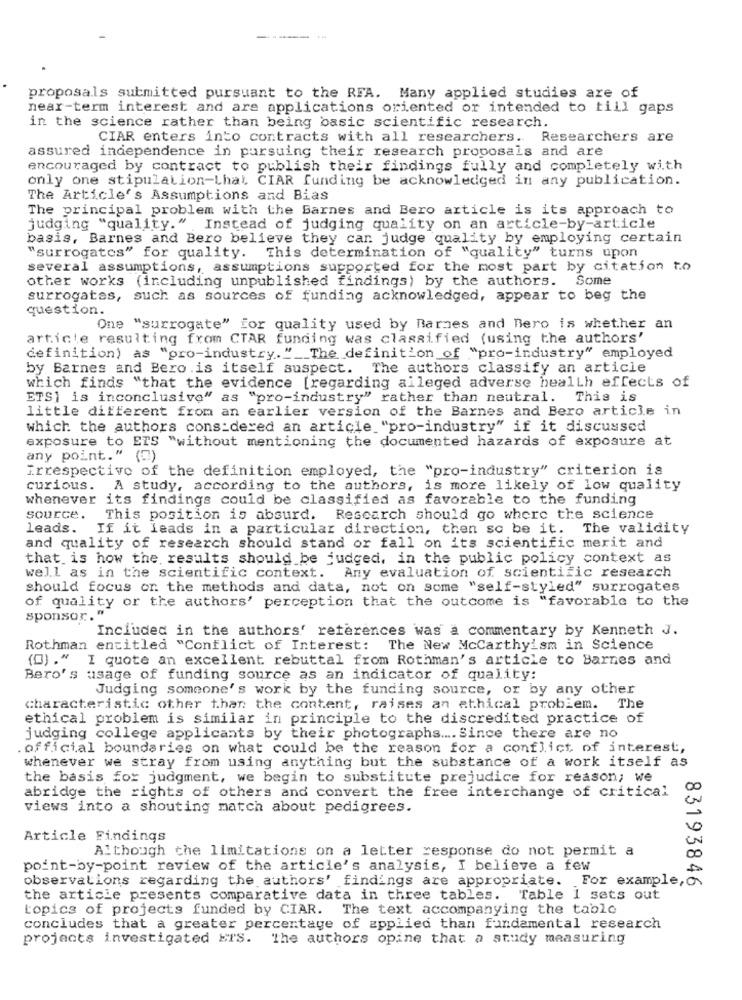
proposals submitted pursuant to the RFA. Many applied studies are of
near-term interest and are applications oriented or intended to till gaps
in the science rather than being basic scientific research.
CIAR enters into contracts with all researchers. Researchers are
assured independence in pursuing their research proposals and are
encouraged by contract to publish their findings fully and completely with
only one stipulation-Lhat CIAR funding be acknowledged in any publication.
The Article's Assumptions and Bias
The principal problem with the Barnes and Bero article is its approach to
judging "quality." Instead of judging quality on an article-by-article
basis, Barnes and Bero believe they can judge quality by employing certain
"surrogates" for quality. This determination of "quality" turns upon
several assumptions, assumptions supported for the most part by citation to
other works (including unpublished findings) by the authors. Some
surrogates, such as sources of funding acknowledged, appear to beg the
question.
One "surrogate" for quality used by Barnes and Bero is whether an
article resulting from CTAR funding was classified (using the authors'
definition) as "pro-industry." __ The definition of "pro-industry" employed
by Barnes and Bero.is itself suspect. The authors classify an article
which finds "that the evidence [regarding alleged adverse health effects of
ETS] is inconclusive" as "pro-industry" rather than neutral. This is
little different from an earlier version of the Barnes and Bero article in
which the authors considered an article "pro-industry" if it discussed
exposure to ETS "without mentioning the documented hazards of exposure at
any point." (0)
Irrespective of the definition employed, the "pro-industry" criterion is
curious. A study, according to the authors, is more likely of low quality
whenever its findings could be classified as favorable to the funding
source.
This position is absurd. Research should go where the science
leads.
If it leads in a particular direction, then so be it. The validity
and quality of research should stand or fall on its scientific merit and
that is how the results should be judged, in the public policy context as
well as in the scientific context. Any evaluation of scientific research
should focus on the methods and data, not on some "self-styled" surrogates
of quality or the authors' perception that the outcome is "favorable to the
sponsor."
Included in the authors' references was a commentary by Kenneth J.
Rothman entitled "Conflict of Interest: The New McCarthyism in Science
(D) ."
I quote an excellent rebuttal from Rothman's article to Barnes and
Bero's usage of funding source as an indicator of quality:
Judging someone's work by the funding source, or by any other
characteristic other than the content, raises an ethical problem. The
ethical problem is similar in principle to the discredited practice of
judging college applicants by their photographs .... Since there are no
. official boundaries on what could be the reason for a conflict of interest,
whenever we stray from using anything but the substance of a work itself as
the basis for judgment, we begin to substitute prejudice for reason; we
00
abridge the rights of others and convert the free interchange of critical
views into a shouting match about pedigrees.
Article Findings
Although the limitations on a letter response do not permit a
00
point-by-point review of the article's analysis, I believe a few
observations regarding the authors' findings are appropriate. For example, o
83193846
the article presents comparative data in three tables. Table I sets out
topics of projects funded by CIAR. The text accompanying the table
concludes that a greater percentage of applied than fundamental research
projects investigated ETS. The authors opine that a study measuring